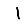
Digit: 1